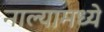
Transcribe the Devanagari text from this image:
नाल्यामध्ये